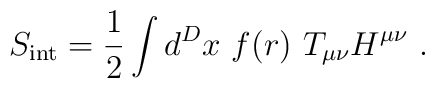
S_{\rm{\small int}}={1\over 2}\int d^Dx~f(r)~T_{\mu\nu} H^{\mu\nu}~.